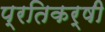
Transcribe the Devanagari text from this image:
प्रतिकर्षी